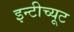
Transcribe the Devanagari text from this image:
इन्टीच्यूट